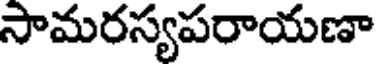
సామరస్యపరాయణా